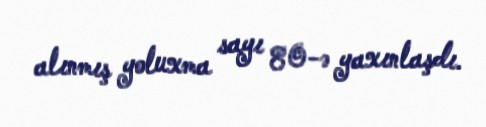
alınmış yoluxma sayı 80-ə yaxınlaşdı.